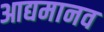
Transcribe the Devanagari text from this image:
आद्यमानव